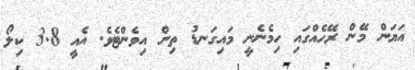
އަޔަން މޭން ރޭހެއްގައި ހިމެނެނީ މައިގަނޑު ތިން އިވެންޓެވެ. އެއީ 3.8 ކިލޯ